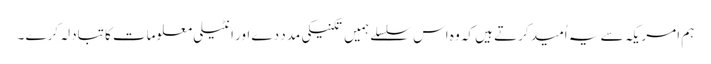
ہم امریکہ سے یہ اُمید کرتے ہیں کہ وہ اس سلسلے ہمیں تکنیکی مدد دے اور انٹیلی معلومات کا تبادلہ کرے ۔